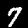
Digit: 7